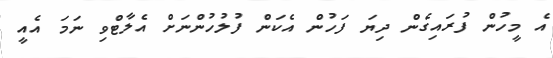
އެ މީހުން ފުރައިގެން ދިޔަ ފަހުން އެކަން ފުލުހުންނަށް އެލާޓްވި ނަމަ އެއީ